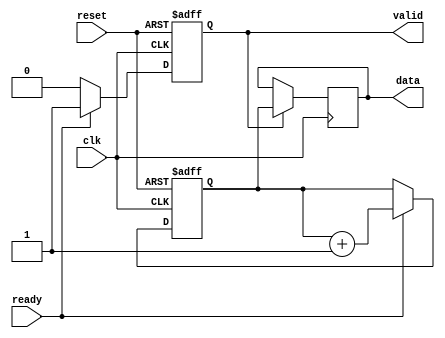
module producer (
    input wire clk,
    input wire reset,
    output reg valid,
    output reg [7:0] data,
    input wire ready
);
    
    // State variable to hold produced data
    reg [7:0] data_reg;
    
    always @(posedge clk or posedge reset) begin
        if (reset) begin
            valid <= 0;
            data_reg <= 8'b0;
        end else begin
            // Check if consumer is ready and produce data
            if (ready) begin
                // Produce new data (incremental for example)
                data_reg <= data_reg + 1;
                valid <= 1;
            end else begin
                valid <= 0; // Deassert valid if not ready
            end
        end
    end

    // Assigning produced data to output
    always @(posedge clk) begin
        if (valid) begin
            data <= data_reg;
        end
    end

endmodule